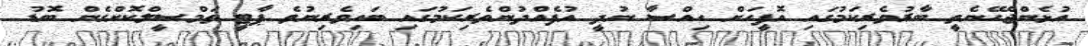
އުޅެންޖެހޭނެތީ ބާރުވެރިކަމުގައި އޮފީހަށް ހިއްސާ ނުދީ އުފެއްދުންތެރިކަމުގައި ބައިވެރިނުވެ ޕާޓީ ތަމްސީލްކޮށްގެން ބޮޑު